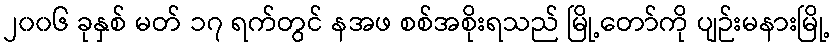
၂၀၀၆ ခုနှစ် မတ် ၁၇ ရက်တွင် နအဖ စစ်အစိုးရသည် မြို့တော်ကို ပျဉ်းမနားမြို့